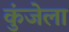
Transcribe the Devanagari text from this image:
कुंजेला